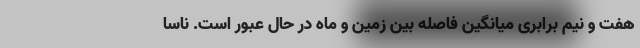
هفت و نیم برابری میانگین فاصله بین زمین و ماه در حال عبور است. ناسا